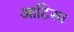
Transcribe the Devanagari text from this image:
आटिस्म